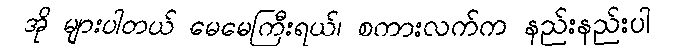
အို များပါတယ် မေမေကြီးရယ်၊ စကားလက်က နည်းနည်းပါ